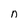
Character: n